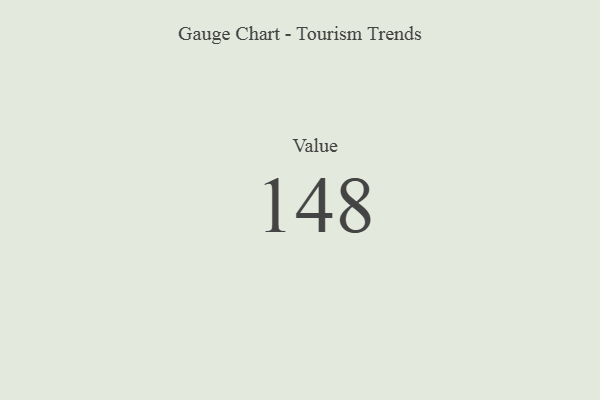
{"axis": {"x": "Metric", "y": "Value"}, "legend": [""], "data": [{"x": "Value", "y": 148, "type": ""}]}